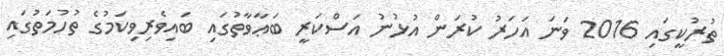
ތުރުކީގައި 2016 ވަނަ އަހަރު ކުރަން އުޅުނު އަސްކަރީ ބަޢާވާތުގައި ބައިވެރިވިކަމުގެ ތުހުމަތުގައި